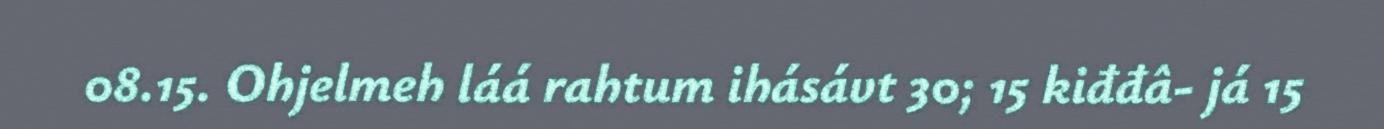
08.15. Ohjelmeh láá rahtum ihásávt 30; 15 kiđđâ- já 15